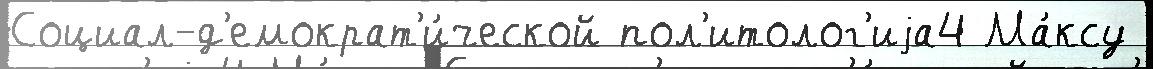
Социал-д'емократ'и́ческой пол'итолог'иjа4 Ма́ксу